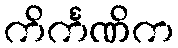
ကိင်္ကဏိက